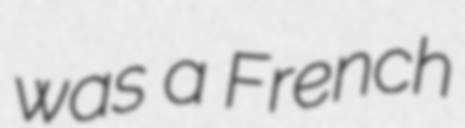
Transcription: was a French